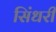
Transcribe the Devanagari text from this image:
सिंधरी